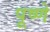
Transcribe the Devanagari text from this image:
पूष्णे